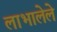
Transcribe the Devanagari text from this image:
लाभालेले